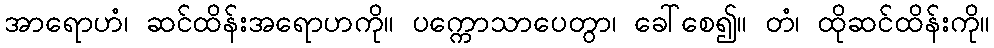
အာရောဟံ၊ ဆင်ထိန်းအရောဟကို။ ပက္ကောသာပေတွာ၊ ခေါ်စေ၍။ တံ၊ ထိုဆင်ထိန်းကို။